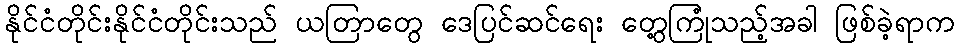
နိုင်ငံတိုင်းနိုင်ငံတိုင်းသည် ယတြာတွေ ဒေပြင်ဆင်ရေး တွေ့ကြုံသည့်အခါ ဖြစ်ခဲ့ရာက